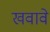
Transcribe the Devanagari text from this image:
खवावे